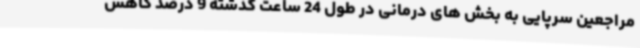
مراجعین سرپایی به بخش های درمانی در طول 24 ساعت گذشته 9 درصد کاهش